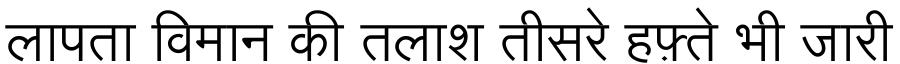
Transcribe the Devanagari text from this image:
लापता विमान की तलाश तीसरे हफ़्ते भी जारी